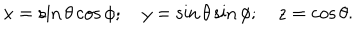
x = \sin \theta \cos \phi ; \quad y = \sin \theta \sin \phi ; \quad z = \cos \theta .